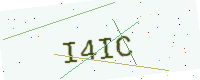
Text: I4IC